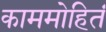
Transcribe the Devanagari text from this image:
काममोहितं